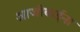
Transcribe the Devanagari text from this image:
आजीबाईंना